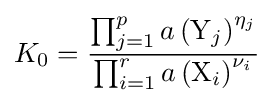
K_{0}={\frac {\prod _{j=1}^{p}a\left(\mathrm {Y} _{j}\right)^{\eta _{j}}}{\prod _{i=1}^{r}a\left(\mathrm {X} _{i}\right)^{\nu _{i}}}}